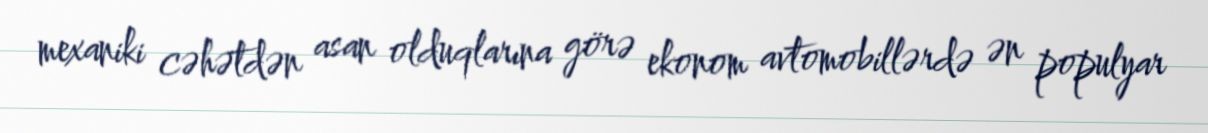
mexaniki cəhətdən asan olduqlarına görə ekonom avtomobillərdə ən populyar